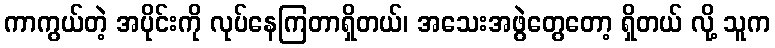
ကာကွယ်တဲ့ အပိုင်းကို လုပ်နေကြတာရှိတယ်၊ အသေးအဖွဲတွေတော့ ရှိတယ် လို့ သူက